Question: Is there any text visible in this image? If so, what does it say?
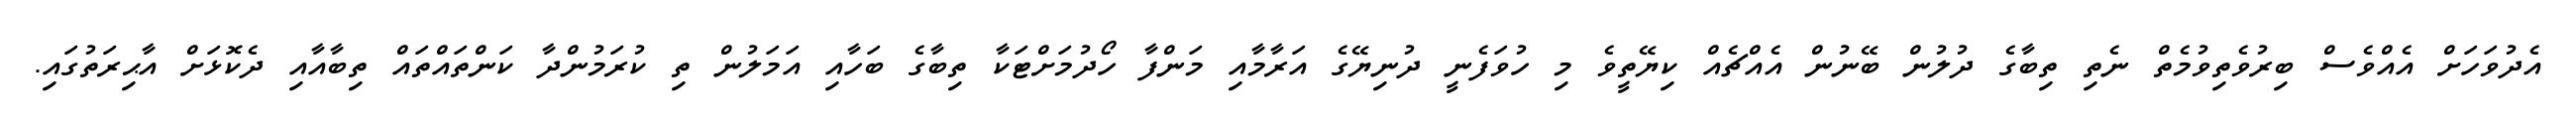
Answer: އެދުވަހަށް އެއްވެސް ބިރުވެތިވުމެތް ނެތި ތިބާގެ ދުލުން ބޭނުން އެއްޗެއް ކިޔޭތީވެ މި ހުވަފެނީ ދުނިޔޭގެ އަރާމާއި މަންފާ ހޯދުމަށްޓަކާ ތިބާގެ ބަހާއި އަމަލުން ތި ކުރަމުންދާ ކަންތައްތައް ތިބާއާއި ދެކޮޅަށް އާޙިރަތުގައި.